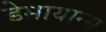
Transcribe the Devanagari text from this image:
डेमायान्स